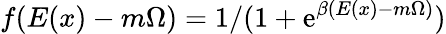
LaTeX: f(E(x)-m\Omega)=1/(1+\mathrm{e}^{\beta(E(x)-m\Omega)})